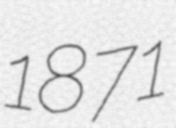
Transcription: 1871